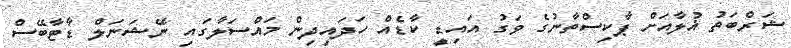
ޝަރްބަތު ޣުލާއަށް ޕާކިސްތާނުގެ ވަގު އައިޑީ ކާޑެއް ހަދައިދިން މައްސަލާގައި ނޭޝަނަލް ޑާޓާބޭސް